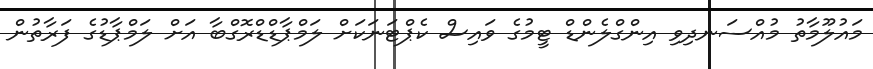
މައުލޫމާތު މުއްސަނދިވި އިންގްލެންޑް ޓީމުގެ ވައިސް ކެޕްޓަނަކަށް ލަމްޕާޑްޑްރޮގްބާ އަށް ލަމްޕާޑުގެ ފަރާތުން